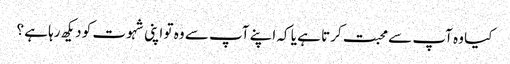
کیا وہ آپ سے محبت کرتا ہے یا کہ اپنے آپ سے وہ تو اپنی شہوت کو دیکھ رہا ہے ؟